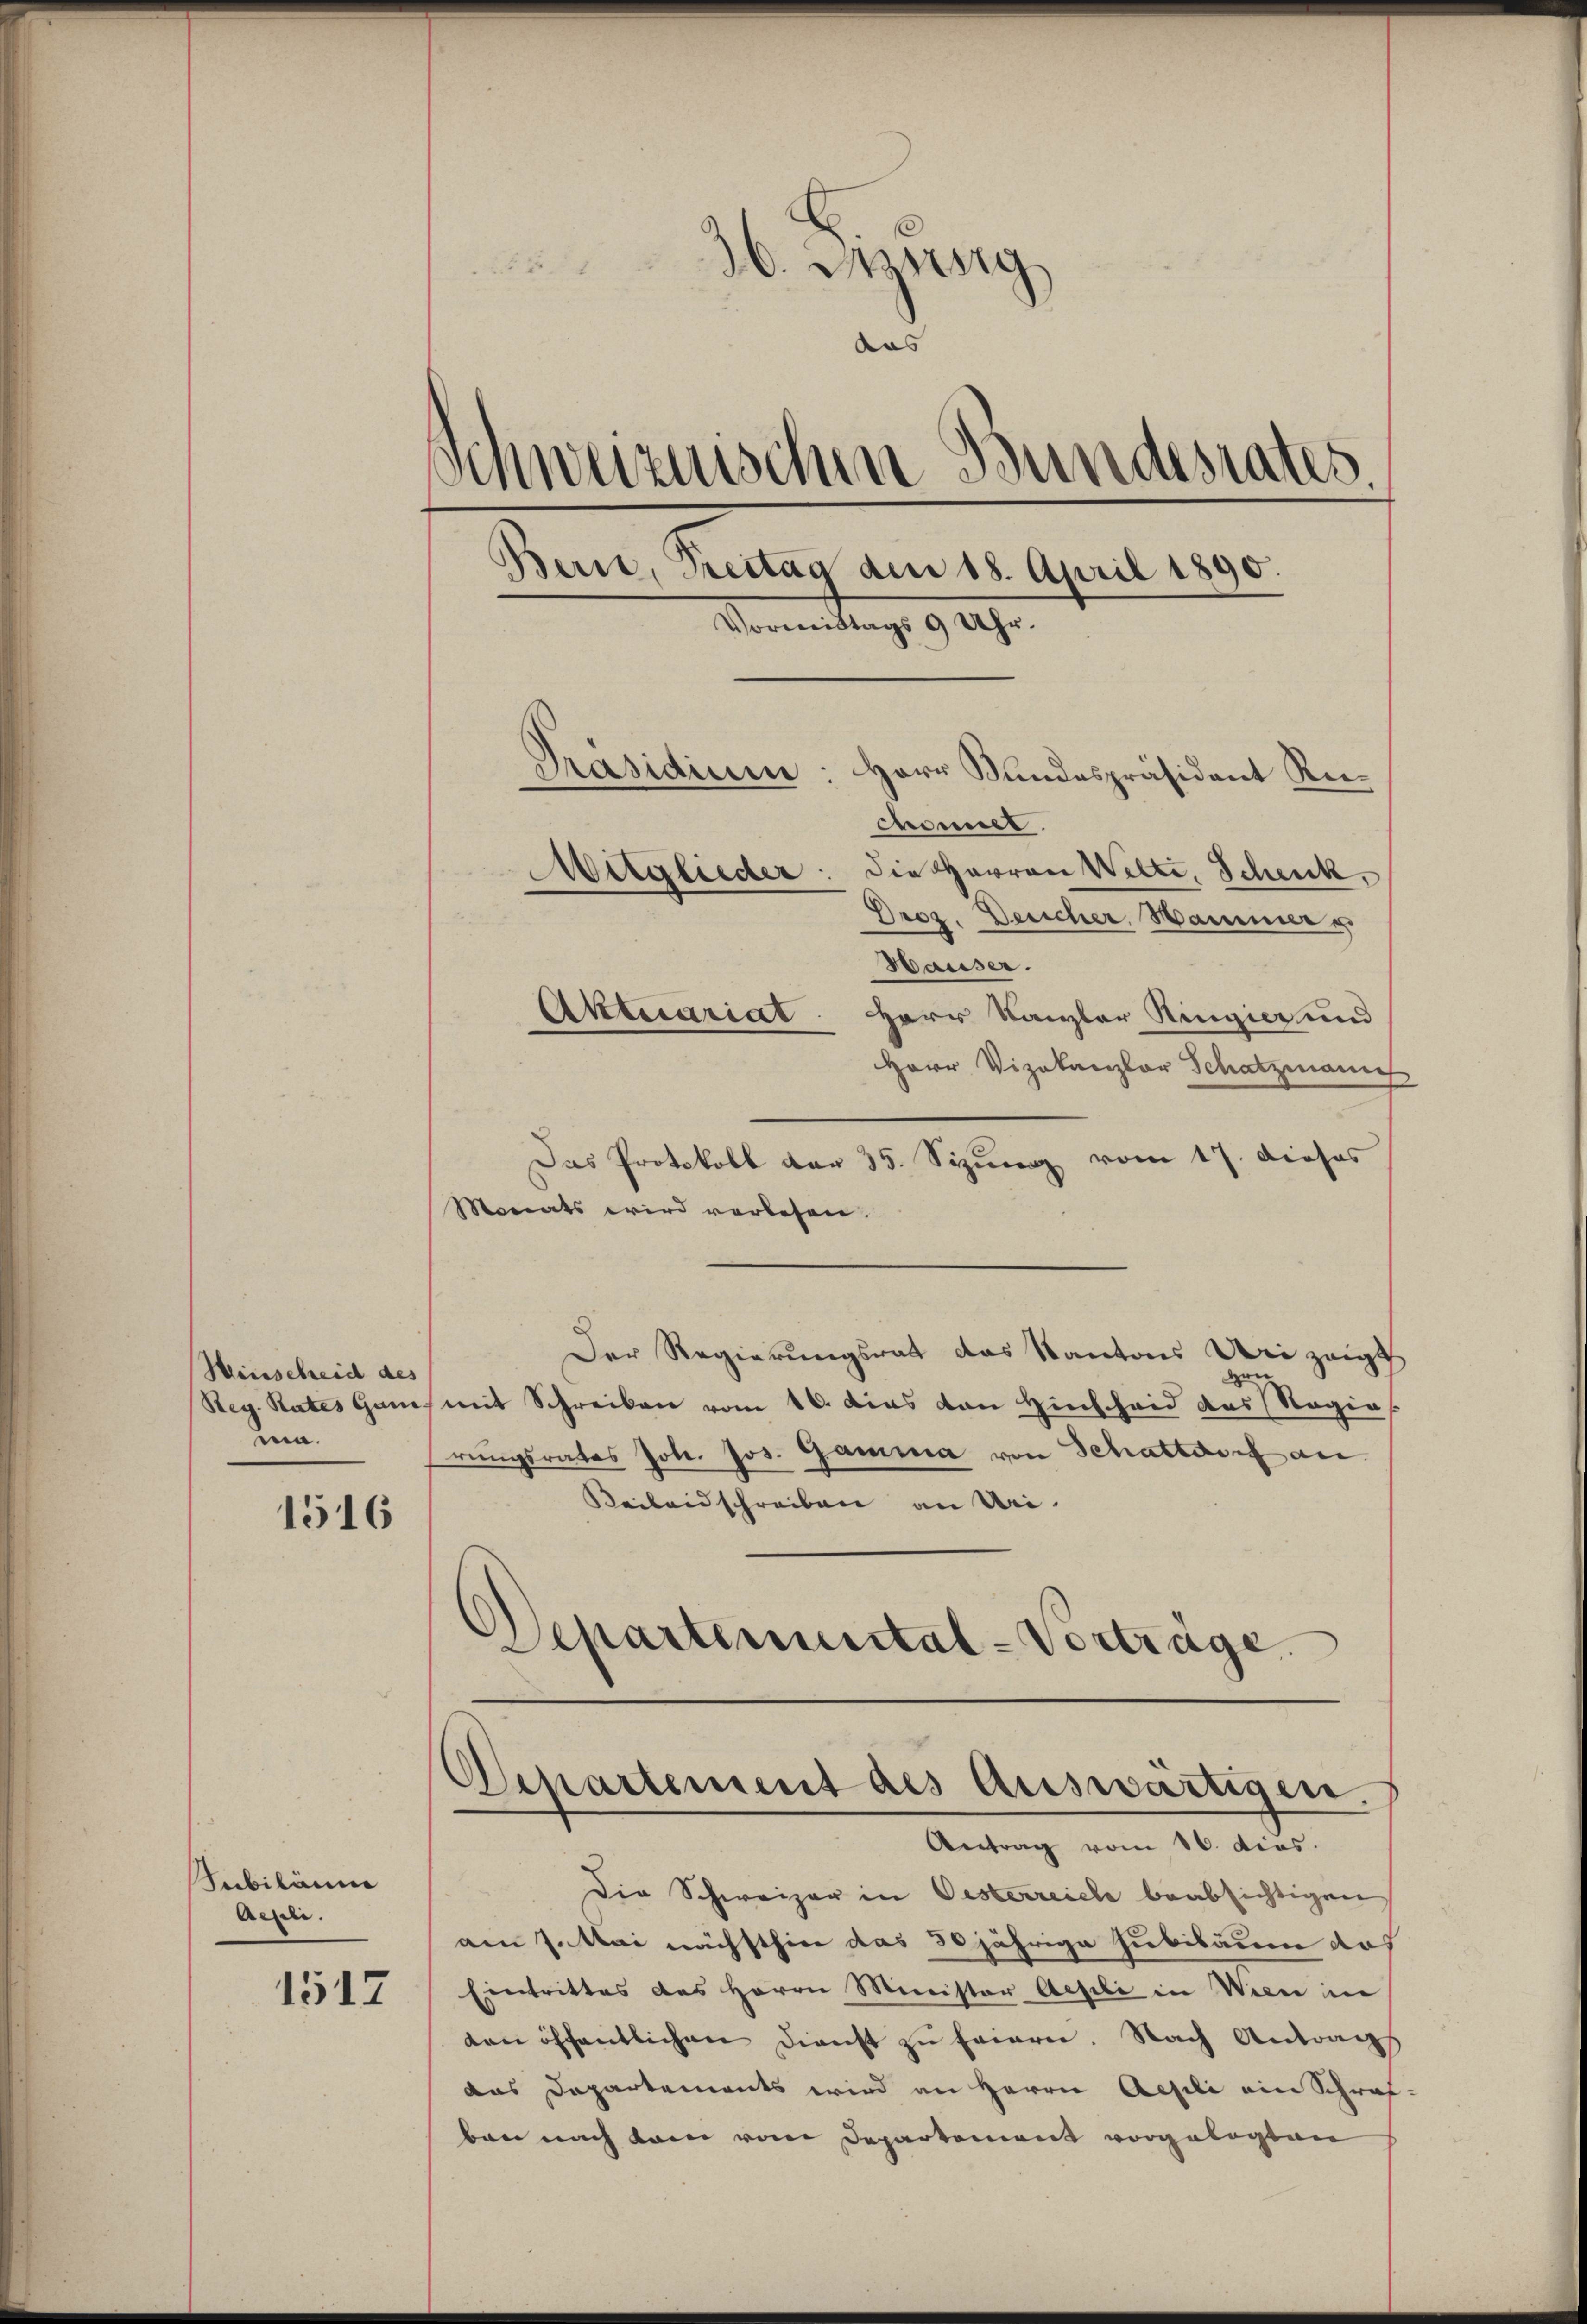
Hinscheid des
Reg. Rates Gan
a.

1516

Subiläum
Aemte.

1517

26. Müng
aas
¬
chweiznischen Bundesrates
Berne, Treitag dem 18. April 1890.
Vormittags 9 Uhr.
Präsidium: Herr Kundespräsident Reichaniel.
Mitglieder: die Herren Welti, Schenk,
Droz. Deucher, Hammer u

Hauser.
Aktuariat. Herr Kanzler Ringier und
Herr Vizekanzlar Schatzmann
Das Protokoll der 35. Sizung vom 17. dieses
Monats wird vorlesen.
Der Regierungsrat das Kantons Uri zeigt
mit Schreiben vom 16. Das von Hinscheid des Regie
rungsrates Joh. Jos. Gamma von Schattdorf an
Reibendschreiben an Uri.
Separtemental-Vorträge.

Departement des Auswärtigen.
Antrag vom 16. dies.

Die Schweizer in Oesterreich beabsichtigen
am 7. Mai nächsthier das 30jährige Jubiläum das
Eintrittes des Herrn Minister Aesli in Wien in
den öffentlichen Dienst zu frieren. Nach Antrags
das Departements wird an Herrn Aesili ein Schraf-
ben nach kam vom Departement vorgelegten